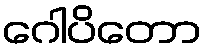
ဂေါပိတော